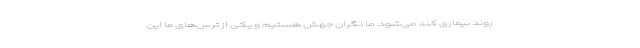
روند بیماری کند می‌شود. ما نگران جهش هستیم و یکی از ترس‌های ما این